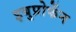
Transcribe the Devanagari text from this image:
इबुप्रोफेंन